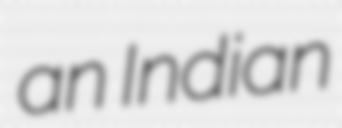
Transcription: an Indian